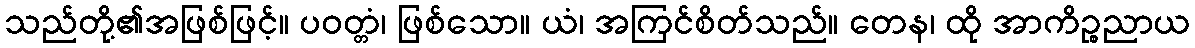
သည်တို့၏အဖြစ်ဖြင့်။ ပဝတ္တံ၊ ဖြစ်သော။ ယံ၊ အကြင်စိတ်သည်။ တေန၊ ထို အာကိဉ္စညာယ